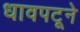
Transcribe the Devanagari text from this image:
धावपटूने